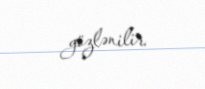
gözlənilir.